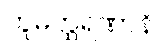
ဘူမတ္ထရဏာနိ